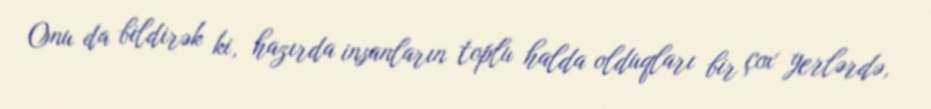
Onu da bildirək ki, hazırda insanların toplu halda olduqları bir çox yerlərdə,